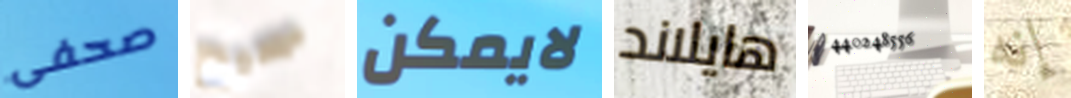
صحفى صحيح لايمكن هايلاند 440248556 إنه